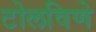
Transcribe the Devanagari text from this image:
टोलविणे